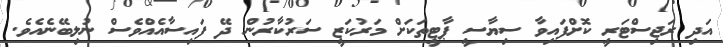
އަދި ރަޖިސްޓަރީ ކޮށްފައިވާ ސިޔާސީ ޕާޓީތަކަށް މަރުކަޒީ ސަރުކާރުން ދޭ ފައިސާއެއްވެސް ނުލިބޭނެއެވެ.